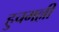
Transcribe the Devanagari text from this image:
हुचमल्ली